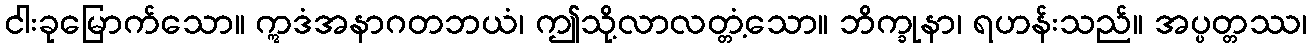
ငါးခုမြောက်သော။ ဣဒံအနာဂတဘယံ၊ ဤသို့လာလတ္တံ့သော။ ဘိက္ခုနာ၊ ရဟန်းသည်။ အပ္ပတ္တဿ၊